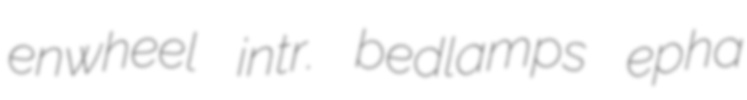
enwheel intr. bedlamps epha